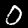
Digit: 0